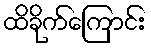
ထိခိုက်ကြောင်း